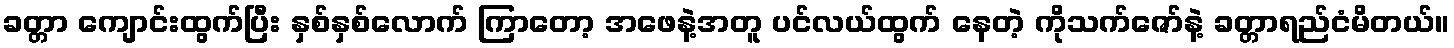
ခတ္တာ ကျောင်းထွက်ပြီး နှစ်နှစ်လောက် ကြာတော့ အဖေနဲ့အတူ ပင်လယ်ထွက် နေတဲ့ ကိုသက်ဇော်နဲ့ ခတ္တာရည်ငံမိတယ်။